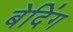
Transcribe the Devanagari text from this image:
बेदिंग